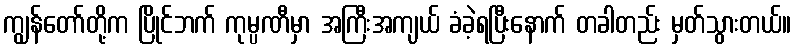
ကျွန်တော်တို့က ပြိုင်ဘက် ကုမ္ပဏီမှာ အကြီးအကျယ် ခံခဲ့ရပြီးနောက် တခါတည်း မှတ်သွားတယ်။